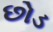
છોડ